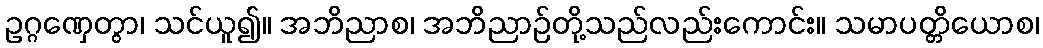
ဥဂ္ဂဏှေတွာ၊ သင်ယူ၍။ အဘိညာစ၊ အဘိညာဉ်တို့သည်လည်းကောင်း။ သမာပတ္တိယောစ၊